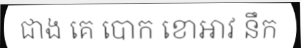
ជាង គេ បោក ខោអាវ នឹក